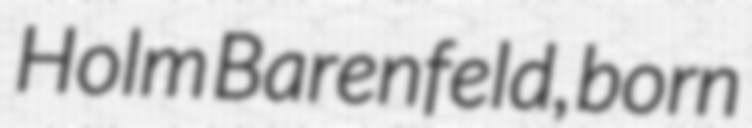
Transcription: Holm Barenfeld, born